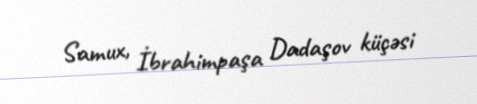
Samux, İbrahimpaşa Dadaşov küçəsi